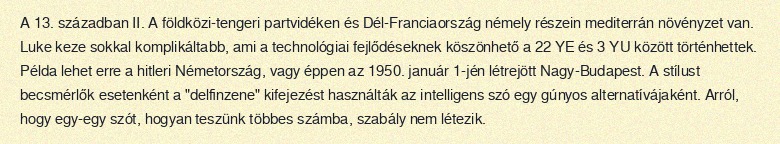
A 13. században II. A földközi-tengeri partvidéken és Dél-Franciaország némely részein mediterrán növényzet van. Luke keze sokkal komplikáltabb, ami a technológiai fejlődéseknek köszönhető a 22 YE és 3 YU között történhettek. Példa lehet erre a hitleri Németország, vagy éppen az 1950. január 1-jén létrejött Nagy-Budapest. A stílust becsmérlők esetenként a "delfinzene" kifejezést használták az intelligens szó egy gúnyos alternatívájaként. Arról, hogy egy-egy szót, hogyan teszünk többes számba, szabály nem létezik.